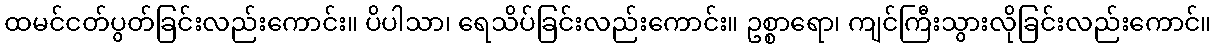
ထမင်ငတ်ပွတ်ခြင်းလည်းကောင်း။ ပိပါသာ၊ ရေသိပ်ခြင်းလည်းကောင်း။ ဥစ္စာရော၊ ကျင်ကြီးသွားလိုခြင်းလည်းကောင်။